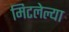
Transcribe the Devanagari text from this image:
मिटलेल्या